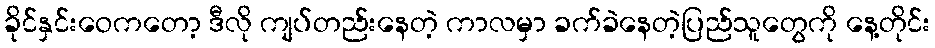
ခိုင်နှင်းဝေကတော့ ဒီလို ကျပ်တည်းနေတဲ့ ကာလမှာ ခက်ခဲနေတဲ့ပြည်သူတွေကို နေ့တိုင်း